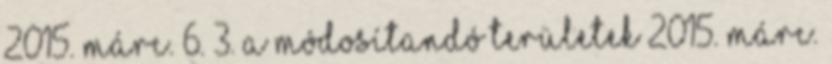
2015. márc. 6. 3. A módosítandó területek 2015. márc.